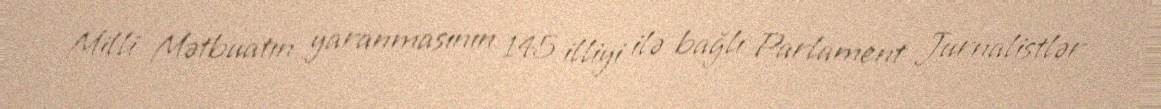
Milli Mətbuatın yaranmasının 145 illiyi ilə bağlı Parlament Jurnalistlər